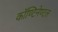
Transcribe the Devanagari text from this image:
कॉण्टिनेण्टल